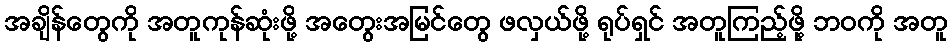
အချိန်တွေကို အတူကုန်ဆုံးဖို့ အတွေးအမြင်တွေ ဖလှယ်ဖို့ ရုပ်ရှင် အတူကြည့်ဖို့ ဘဝကို အတူ